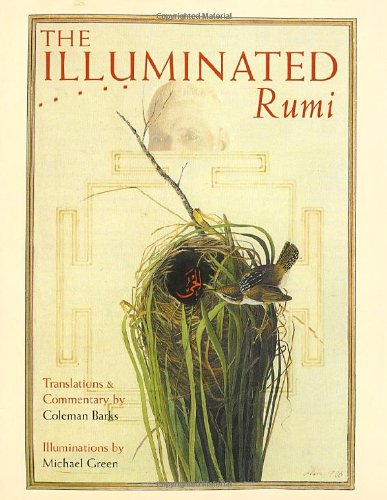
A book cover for The Illuminated Rumi; Jalal Al-Din Rumi; Literature & Fiction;